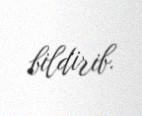
bildirib.